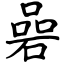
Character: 碞